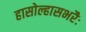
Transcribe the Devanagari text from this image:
हासोल्हासभरैः